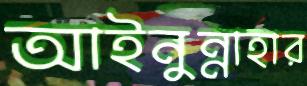
আইনুন্নাহার